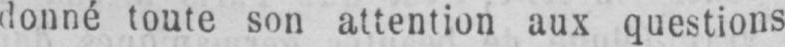
donné toute son attention aux questions